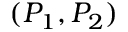
( P _ { 1 } , P _ { 2 } )